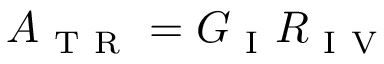
A _ { \mathrm { ~ T ~ R ~ } } = G _ { \mathrm { ~ I ~ } } R _ { \mathrm { ~ I ~ V ~ } }